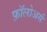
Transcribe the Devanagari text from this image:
फ़ॉलोअर्स